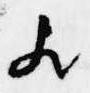
歟